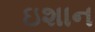
ઇશાન